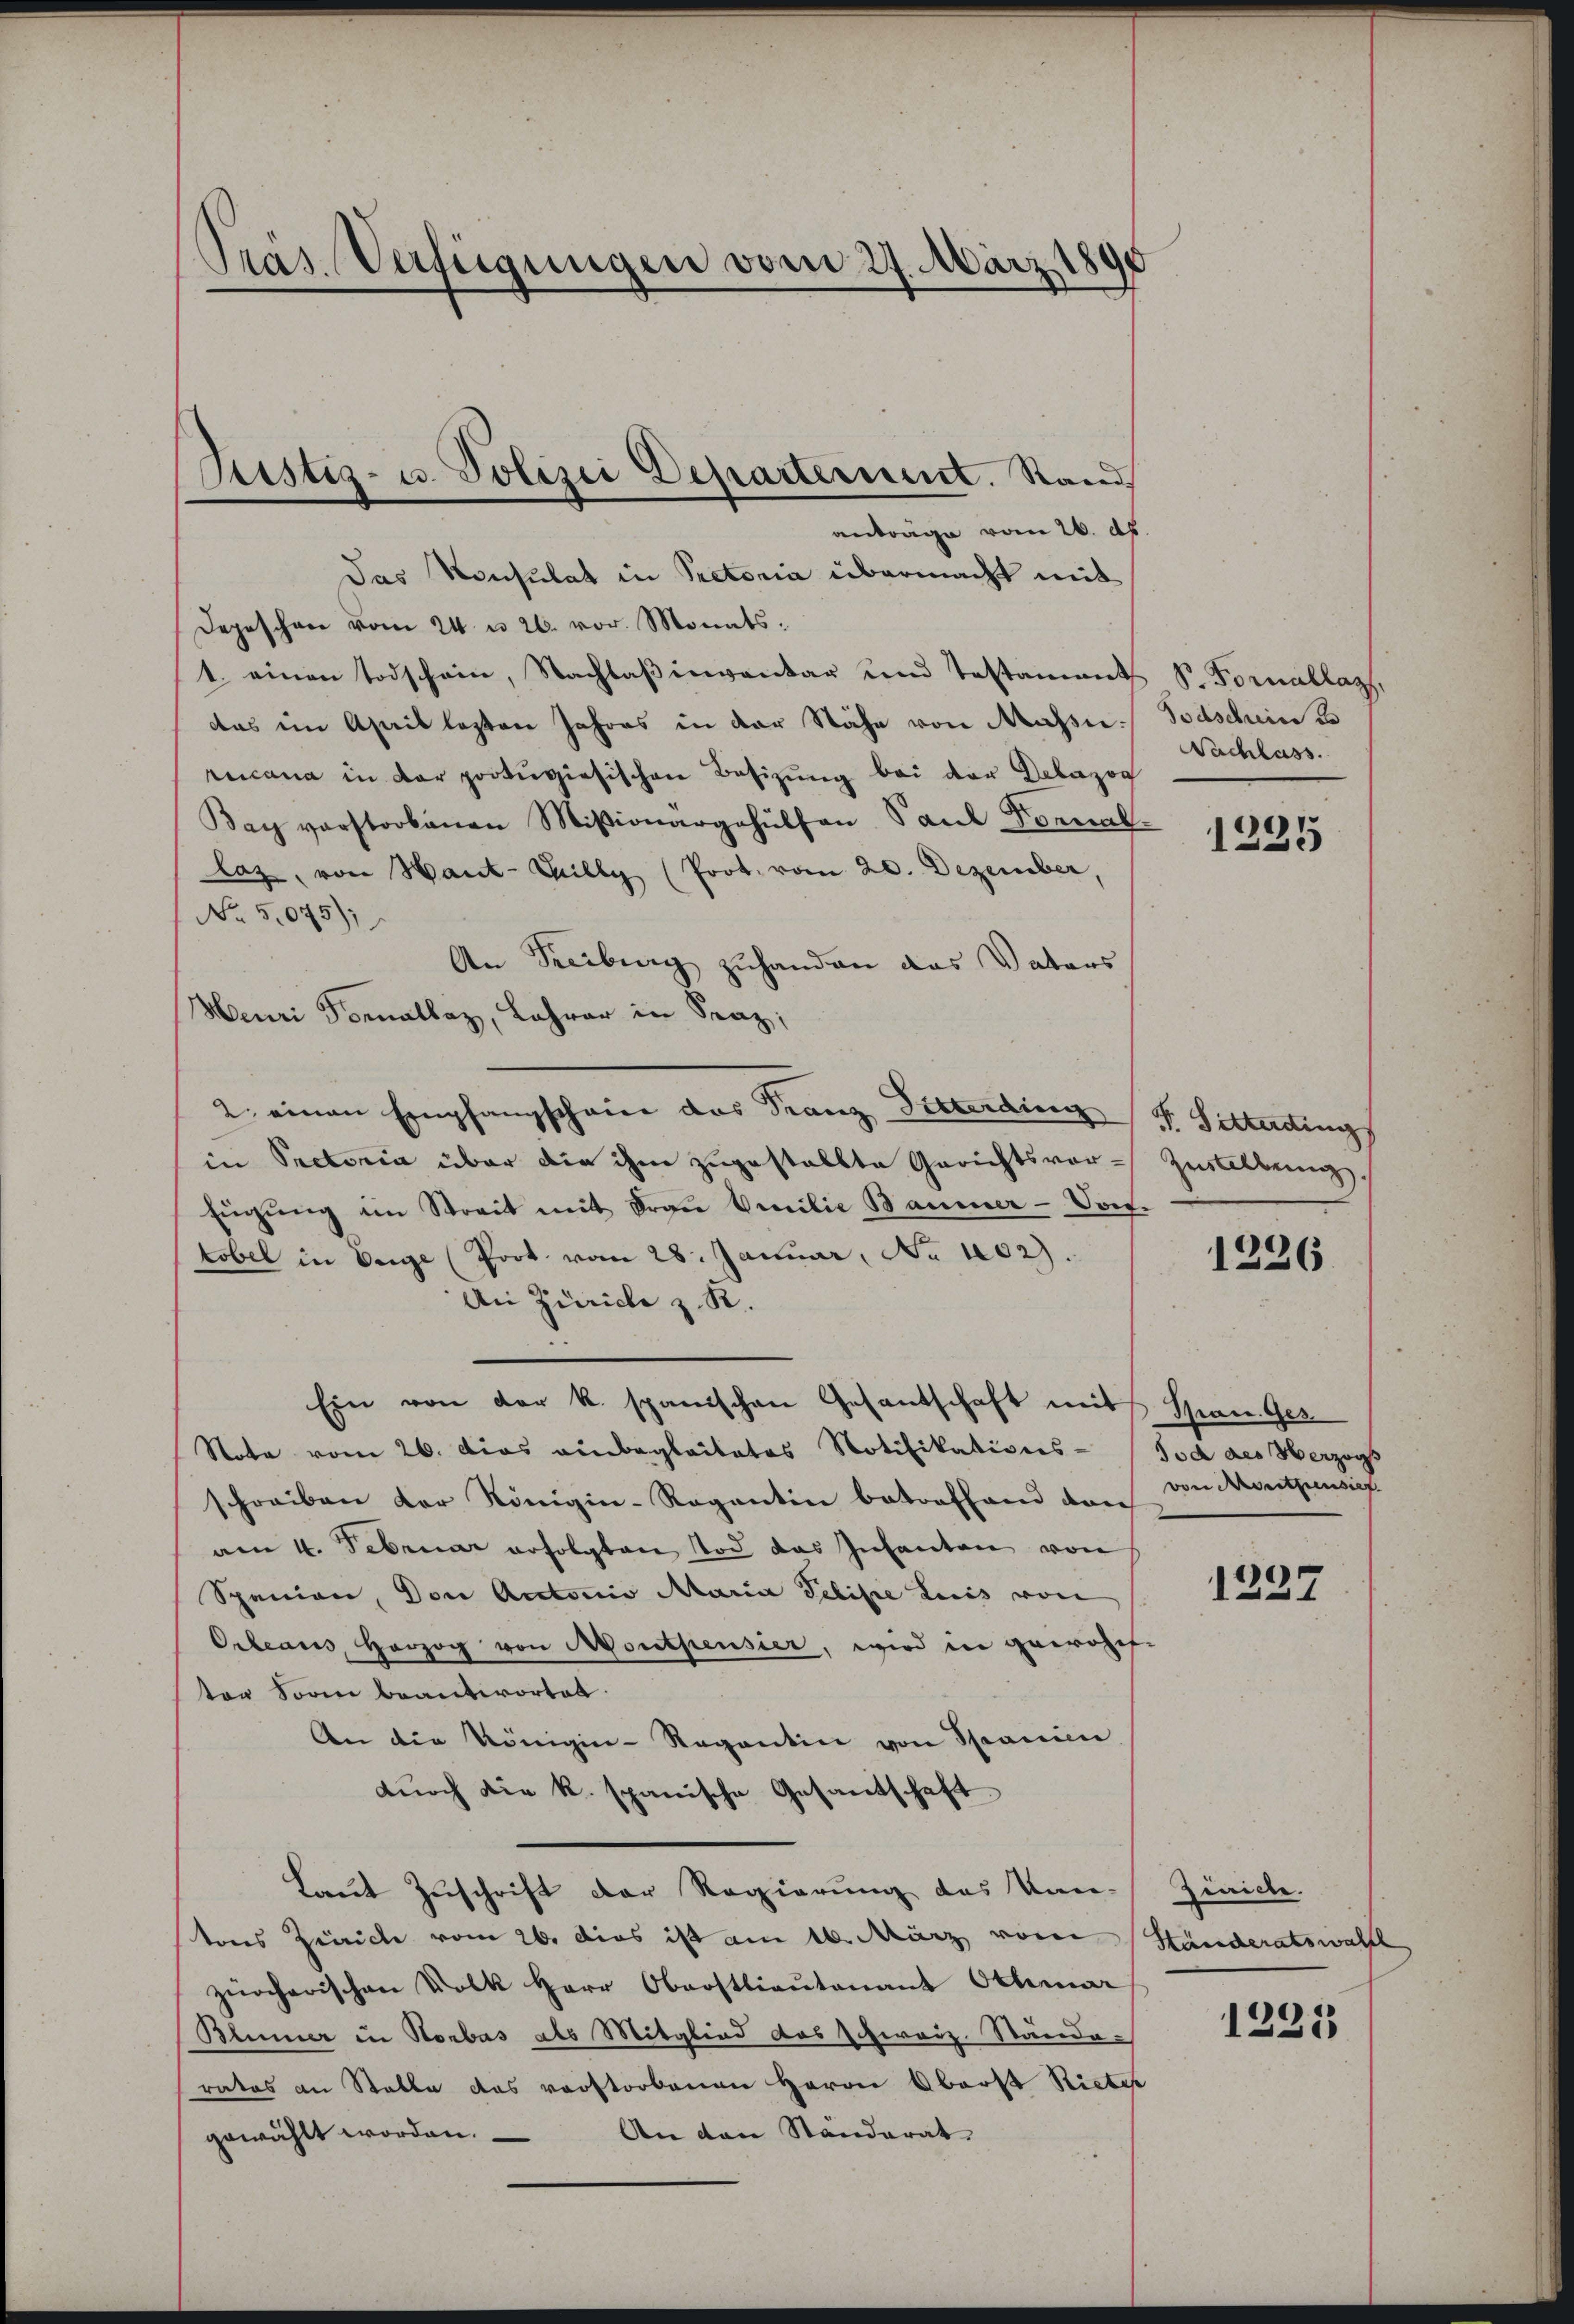
Präs. Verfügungen vom 27. März 18

das Konsulat in Rectoria übermacht mit
Depeschen vom 24. u 26. vor. Monats:
1. einen Todschein, Nachlaβ inventar und Testament S. Formallag,
das im April legten Jahres in der Nähe von Massne Todschein d
rucana in der protugisischen Besizung bei der Delazog
Bay vorstorbenen Miβionärgehülfen Paul Fornal-
laz, von Haut-Cilly (Prot. vom 20. Dezember,
No 5,075)
An Freiburg zuhanden das Vaters
Meuri Forellaz, Lehrer in Fraz;
2. einen Empfangschein das Franz Steuerding Fr. Sitterding
in Pretoria über die ihm zugestellte Gerichtsvor-Zustellung.
Eŭgŭng im Streit mit Frau Emilie Baumer-Vort.
tobel in Enge (Poot. vom 28. Januar, No 102).
An Zürich z. R.
Ein von der k. spanischen Gesantschaft mit Span Ges
Stote vom 26. Dies anbegleitetes Notifikations- Tod des Herzogs
schreiben der Königin-Ragantin betreffend dan
am 4. Februar erfolgten Tod das Infanten von
Spanien, Den Actonio Maria Pelikte Luis von
Orleans, Herzog von Montpensier, wird in gewohn-
ter Sorin beantwortet.
An die Königin-Regentin von Spanien
dŭrch die k. spanische Gesandschaft
Laut Zuschrift der Regierung des Kan-Zürich
tons Zürich vom 26. dies ist am 10. März von Ständeratswahll
zürcherischen Volk Herr Oberstlieutenant Othmar
Blumer in Horbas als Mitglied das Schweiz. Stände-
rates an Stalle das verstorbenen Herrn Oberst Rieter
An den Ständerat
gewählt worden.

Geistig- u. Polizei Departerient. Stand
antrage vom 26. dh.

NNachlass.

1225

1226

von Arbeitensief.

1237

1231